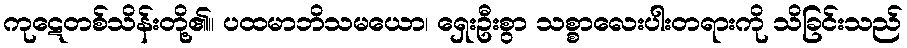
ကုဋေတစ်သိန်းတို့၏။ ပထမာဘိသမယော၊ ရှေးဦးစွာ သစ္စာလေးပါးတရားကို သိခြင်းသည်